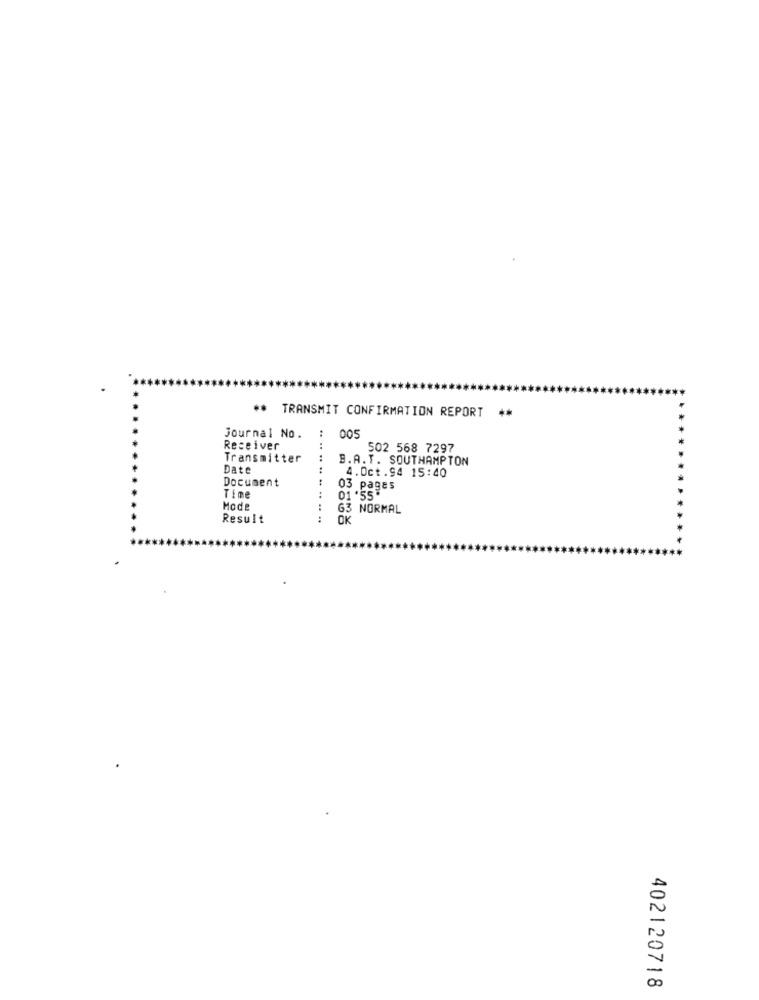
** TRANSMIT CONFIRMATION REPORT **
Journal No.
005
Receiver
502 568 7297
Transmitter
..
B.A.T. SOUTHAMPTON
Date
.4
4.Oct.94 15:40
Document
03 pages
Time
01 '55"
Mode
63 NORMAL
Result
OK
402120718